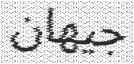
جيهان